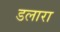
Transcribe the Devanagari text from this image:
डलारा